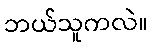
ဘယ်သူကလဲ။